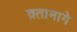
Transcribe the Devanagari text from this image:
व्रतामागे